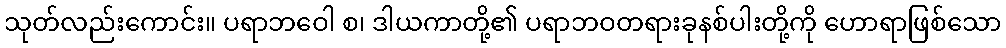
သုတ်လည်းကောင်း။ ပရာဘဝေါ စ၊ ဒါယကာတို့၏ ပရာဘဝတရားခုနစ်ပါးတို့ကို ဟောရာဖြစ်သော